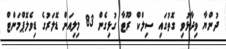
ދުންޔާ ވިދާޅުވި ގޮތުގައި ސިލްކް ރޫޓާ ގުޅިގެން 83 މިލިއަން ޑޮލަރުގެ ޑިވެލޮޕްމަންޓް